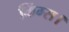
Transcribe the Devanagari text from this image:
किंग्स।